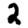
Digit: 2